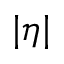
| \eta |